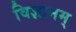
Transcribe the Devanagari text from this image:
विज्ञानम्